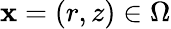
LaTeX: \mathbf{x}=(r,z)\in\Omega